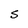
Character: S